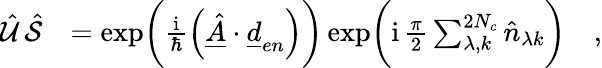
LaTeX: \begin{array}{rl}{\hat{\mathcal{U}}\, \hat{\mathcal{S}}}&{=\exp\biggl(\frac{\mathrm{i}}{\hbar}\left(\underline{{\hat{A}}}\cdot\underline{{d}}_{en}\right)\biggr)\exp\biggl(\mathrm{i}\, \frac{\pi}{2}\sum_{\lambda,k}^{2N_{c}}\hat{n}_{\lambda k}\biggr)\quad,}\end{array}